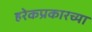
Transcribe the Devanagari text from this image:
हरेकप्रकारच्या